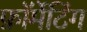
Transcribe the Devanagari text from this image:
फ़ॉर्मेटिंग